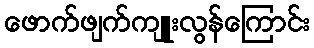
ဖောက်ဖျက်ကျူးလွန်ကြောင်း